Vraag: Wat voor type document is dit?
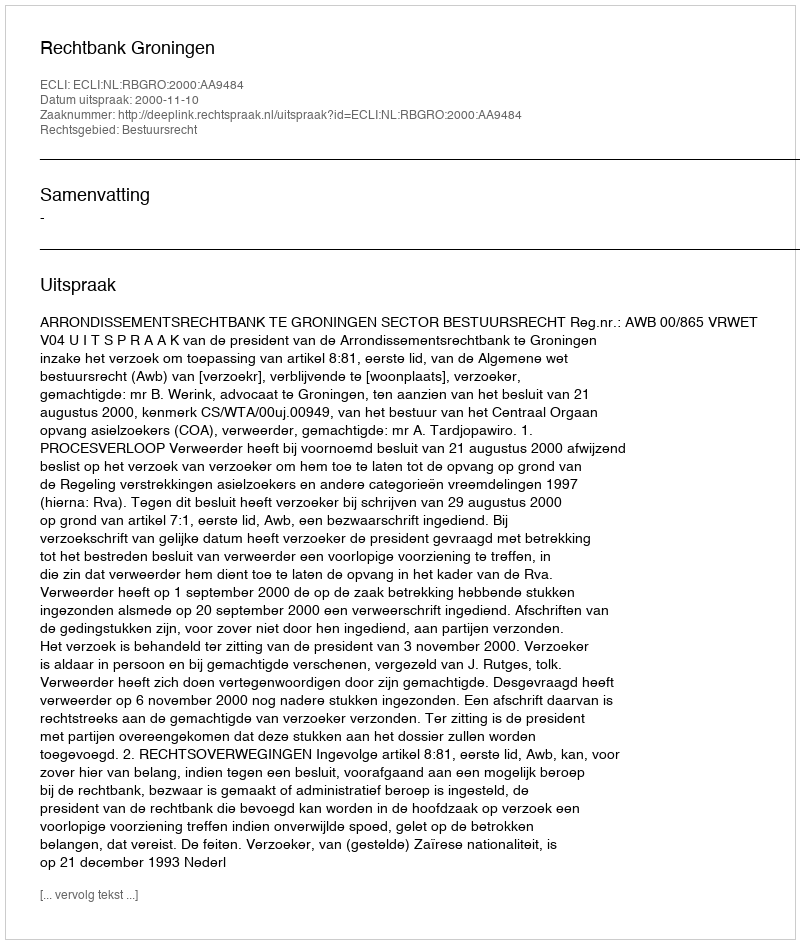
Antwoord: Uitspraak